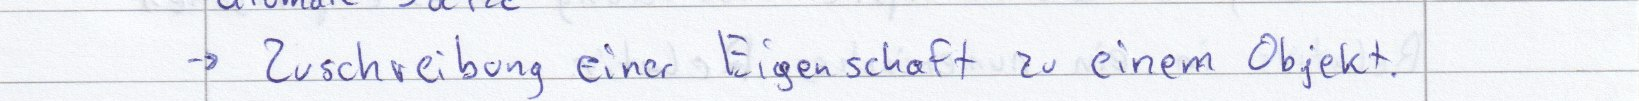
-> Zuschreibung einer Eigenschaft zu einem Objekt